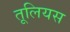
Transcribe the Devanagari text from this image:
तूलियस